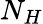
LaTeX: N_{H}